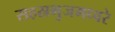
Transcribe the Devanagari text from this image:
सहस्रभुजमध्वरे